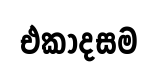
එකාදසම